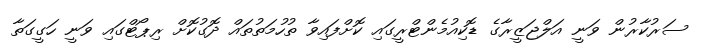
ސަރުކާރުން ވަނީ އަލްޖަޒީރާގެ ޑޮކިއުމެންޓްރީގައި ކޮށްފައިވާ ތުހުމަތުތައް ދޮގުކޮށް ރިޕޯޓްގައި ވަނީ ހަގީގަތާ